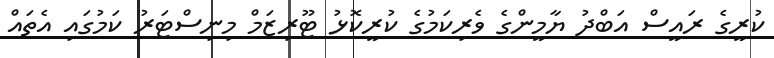
ކުރީގެ ރައީސް އަބްދު ޔާމީންގެ ވެރިކަމުގެ ކުރީކޮޅު ޓޫރިޒަމް މިނިސްޓަރު ކަމުގައި އެތައް